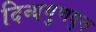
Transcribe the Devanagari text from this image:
दिव्यगुणयुक्त